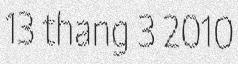
13 thang 3 2010